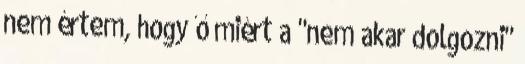
nem értem, hogy ő miért a "nem akar dolgozni"